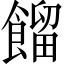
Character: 餾